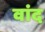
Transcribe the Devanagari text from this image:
वांद